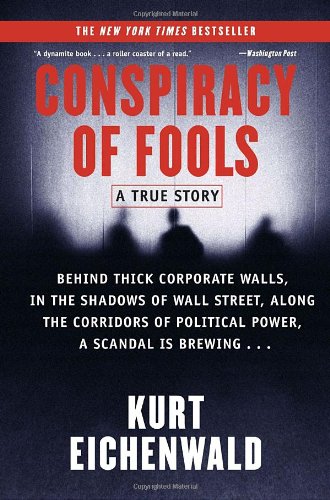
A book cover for Conspiracy of Fools: A True Story; Kurt Eichenwald; Business & Money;